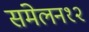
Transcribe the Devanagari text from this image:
संमेलन१२